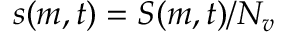
s ( m , t ) = S ( m , t ) / N _ { v }